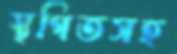
স্থগিতসহ